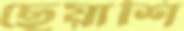
ছেয়াশি